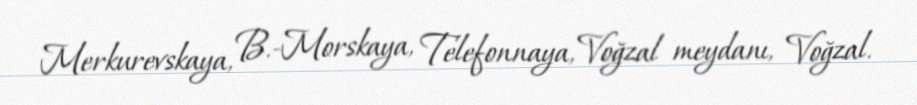
Merkurevskaya, B.-Morskaya, Telefonnaya, Voğzal meydanı, Voğzal.